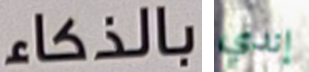
بالذكاء إندي